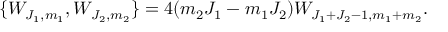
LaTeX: \{ W _ { J _ { 1 } , m _ { 1 } } , W _ { J _ { 2 } , m _ { 2 } } \} = 4 ( m _ { 2 } J _ { 1 } - m _ { 1 } J _ { 2 } ) W _ { J _ { 1 } + J _ { 2 } - 1 , m _ { 1 } + m _ { 2 } } .